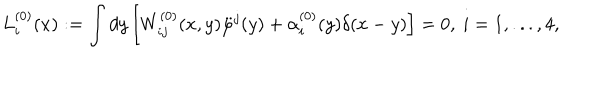
LaTeX: L _ { i } ^ { ( 0 ) } ( x ) : = \int d y \left[ W _ { i j } ^ { ( 0 ) } ( x , y ) \ddot { \varphi } ^ { j } ( y ) + \alpha _ { i } ^ { ( 0 ) } ( y ) \delta ( x - y ) \right] = 0 , \ i = 1 , . . . , 4 ,